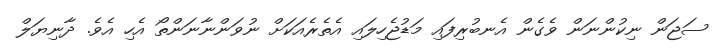
ސަޖަން ނިކުންނަން ވެގެން އެނބުރިފައި މަޑުޖެހިލައި އެތެރެއަކަށް ނުވަންނާނަންތޯ އެހި އެވެ. ދާނިޔަލް